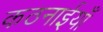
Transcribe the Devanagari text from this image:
कठनाईयाँ